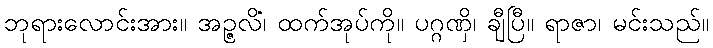
ဘုရားလောင်းအား။ အဉ္ဇလိံ၊ ထက်အုပ်ကို။ ပဂ္ဂဏှိ၊ ချီပြီ။ ရာဇာ၊ မင်းသည်။